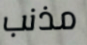
مذنب